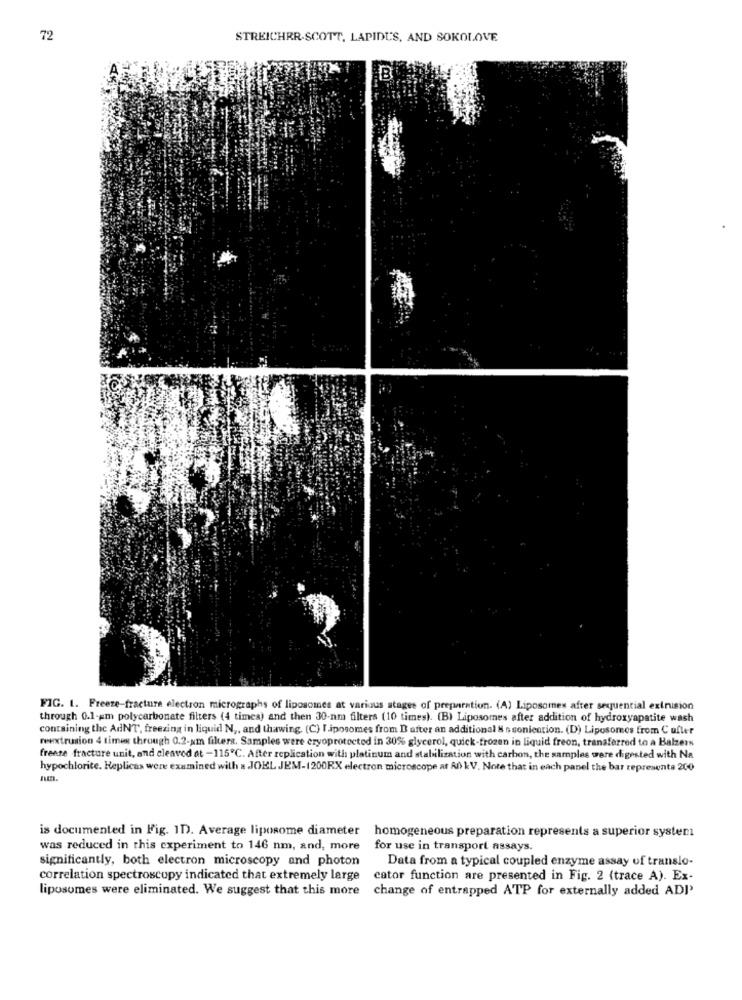
72
STREICHRR-SCOTT, LAPIDU'S, AND SOKOLOVE
FIG. 1. Freeze-fracture electron micrographs of liposomes at various stages of preparation. (A) Liposomes after sequential extrusion
through 0.1-am polycarbonate filters (4 times) and then 30-nm filters (10 times). (B) Liposomes after addition of hydroxyapatite wash
containing the AdNT, freezing in liquid N ,, and thawing. (C) liposomes from D after an additional & s sonication. (D) Liposomes from C ufler
reextrusion 4 times through 0.2-xm filters. Samples were cryoprotected in 30% glycerol, quick-frozen in liquid freon, transferred to a Balzers
freeze fracture unit, and cleaved at -115℃. After replication with platinum and stabilization with carbon, the samples were digested with Na
hypochlorite. Replicas were examined with a JOEL JEM-1200RX electron microscope at All kV. Note that in each panel the bar represents 200
is documented in Fig. 1D. Average liposome diameter
homogeneous preparation represents a superior system
was reduced in this experiment to 146 nm, and, more
for use in transport assays.
significantly, both electron microscopy and photon
Data from a typical coupled enzyme assay of translo-
correlation spectroscopy indicated that extremely large
cator function are presented in Fig. 2 (trace A). Ex-
liposomes were eliminated. We suggest that this more
change of entrapped ATP for externally added ADI'